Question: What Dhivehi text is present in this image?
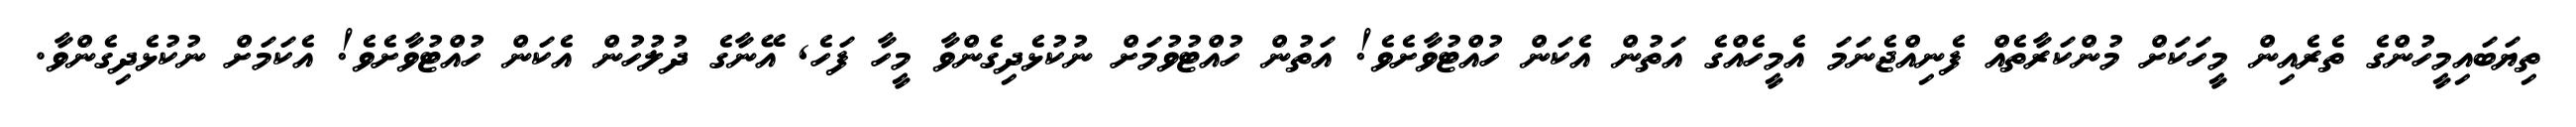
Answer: ތިޔަބައިމީހުންގެ ތެރެއިން މީހަކަށް މުންކަރާތެއް ފެނިއްޖެނަމަ އެމީހެއްގެ އަތުން އެކަން ހުއްޓުވާށެވެ! އަތުން ހުއްޓުވުމަށް ނުކުޅެދިގެންވާ މީހާ ފަހެ, އޭނާގެ ދުލުހުން އެކަން ހުއްޓުވާށެވެ! އެކަމަށް ނުކުޅެދިގެންވާ.